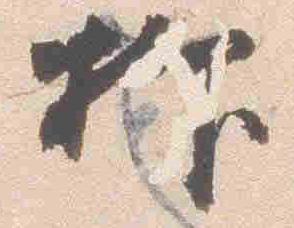
抑